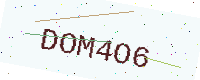
Text: DOM4O6